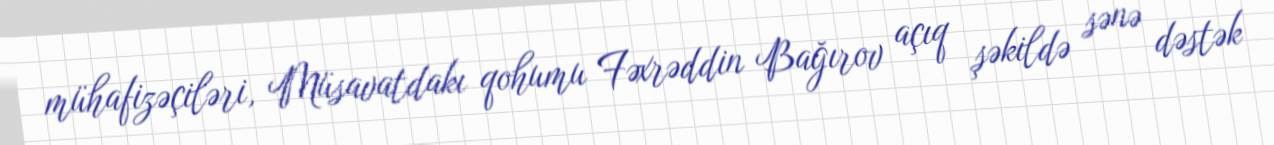
mühafizəçiləri, Müsavatdakı qohumu Fəxrəddin Bağırov açıq şəkildə sənə dəstək